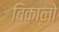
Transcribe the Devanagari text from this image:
बिकालो